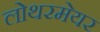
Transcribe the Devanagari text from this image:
लोथरमेयर